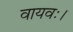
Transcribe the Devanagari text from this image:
वायवः।